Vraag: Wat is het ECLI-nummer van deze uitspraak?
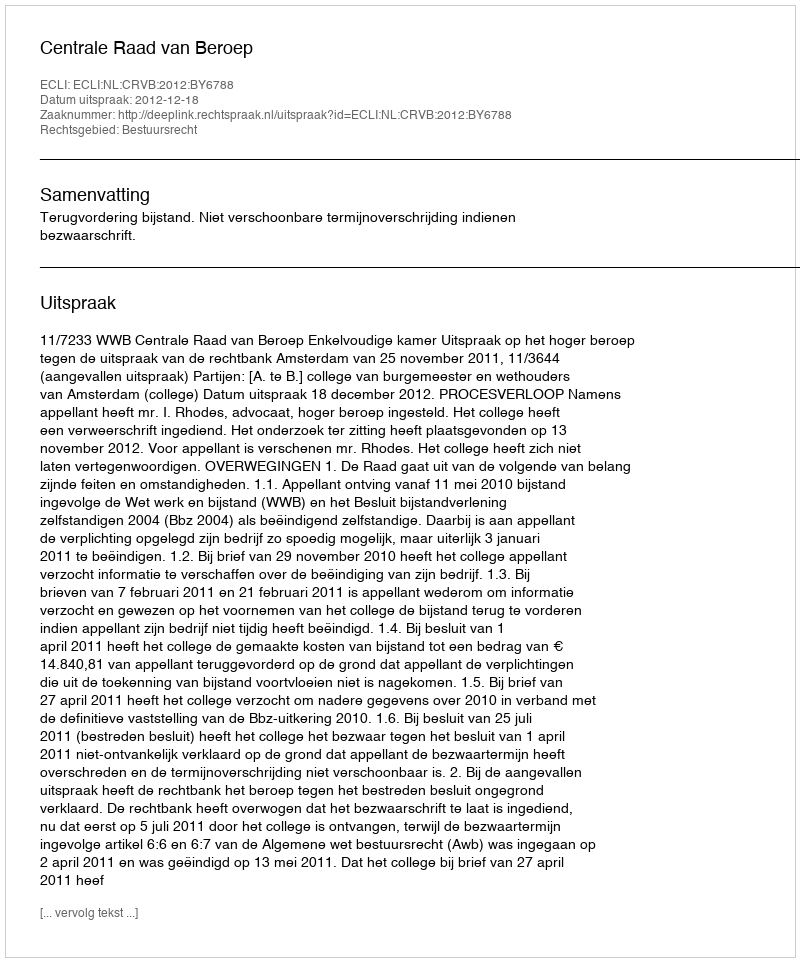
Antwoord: ECLI:NL:CRVB:2012:BY6788